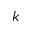
k